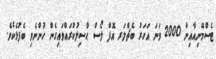
ޓެސްމޭނިއާއިން 2000 ވަނަ އަހަރު ބެޗްލަރ އޮފް ލޯސް ޙާސިލުކުރައްވައިގެން ހުންނެވި ބެފުޅެކެވެ.